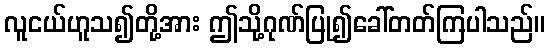
လူငယ်ဟူသ၍တို့အား ဤသို့ဂုဏ်ပြု၍ခေါ်တတ်ကြပါသည်။